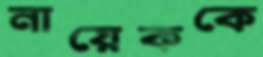
নায়েককে